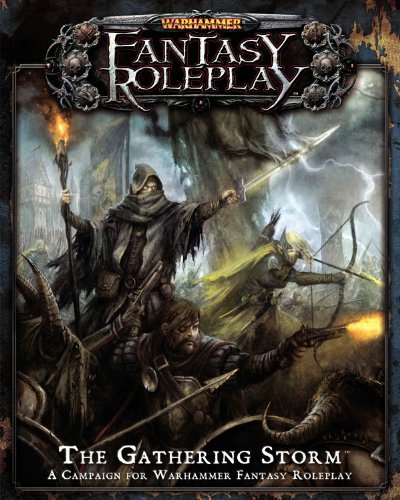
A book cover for Warhammer Fantasy Roleplay: The Gathering Storm; Science Fiction & Fantasy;